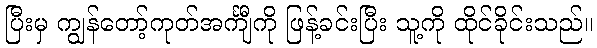
ပြီးမှ ကျွန်တော့်ကုတ်အင်္ကျီကို ဖြန့်ခင်းပြီး သူ့ကို ထိုင်ခိုင်းသည်။